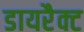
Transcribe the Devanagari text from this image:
डायरैक्ट